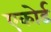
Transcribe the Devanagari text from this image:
एकोर्ड